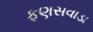
ફણસવાડા